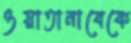
ওয়াতানাবেকে